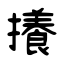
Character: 攁